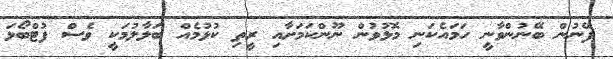
ފޭނުުން ބޭނުންވާނީ ހަމައެކަނި މޮޅުވުން ނޫންކަމަށާއި ރީތި ކުޅުމެއް ބަލާލުމަކީ ވެސް ފުޓްބޯޅަ